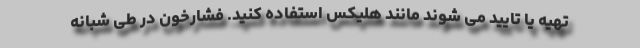
تهیه یا تایید می شوند مانند هلیکس استفاده کنید. فشارخون در طی شبانه